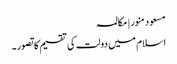
مسعود منور | مکالمہ
اسلام میں دولت کی تقسیم کا تصور۔